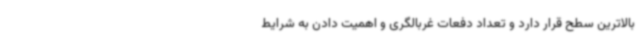
بالاترین سطح قرار دارد و تعداد دفعات غربالگری و اهمیت دادن به شرایط